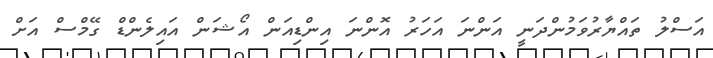
އަސްލު ތައްޔާރުވަމުންދަނީ އަންނަ އަހަރު އޮންނަ އިންޑިއަން އޯޝަން އައިލެންޑް ގޭމްސް އަށް